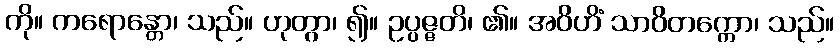
ကို။ ကရောန္တော၊ သည်။ ဟုတွာ၊ ၍။ ဥပ္ပဇ္ဇတိ၊ ၏။ အဝိဟိံ သာဝိတက္ကော၊ သည်။